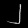
Digit: ၂